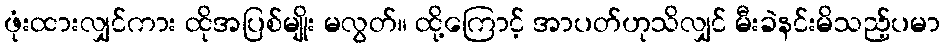
ဖုံးထားလျှင်ကား ထိုအပြစ်မျိုး မလွတ်။ ထို့ကြောင့် အာပတ်ဟုသိလျှင် မီးခဲနင်းမိသည့်ပမာ